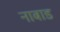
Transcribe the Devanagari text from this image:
नाबाड